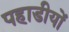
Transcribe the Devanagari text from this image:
पहाडीयों